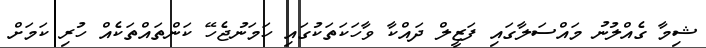
ޝިމާ ގެއްލުނު މައްސަލާގައި ފަޒީލް ދައްކާ ވާހަކަތަކުގައި ހަމަނުޖެހޭ ކަންތައްތަކެއް ހުރި ކަމަށް